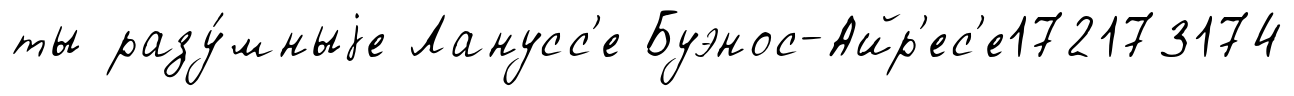
ты разу́мныjе Ланусс'е Буэнос-Айр'ес'е172173174